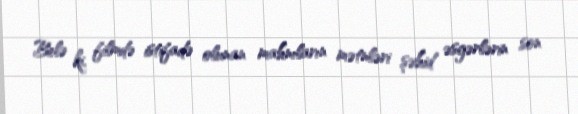
Belə ki, filmdə istifadə olunan mahnıların mətnləri şəhid əsgərlərin son